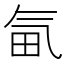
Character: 𣱟